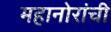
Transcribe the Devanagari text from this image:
महानोरांची